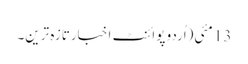
13 مئی(اُردو پوائنٹ اخبارتازہ ترین۔